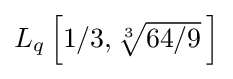
{\textstyle L_{q}\left[1/3,{\sqrt[{3}]{64/9}}\,\right]}